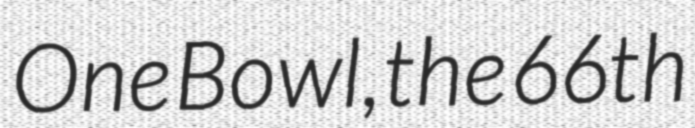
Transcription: One Bowl, the 66th